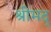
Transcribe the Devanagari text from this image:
श्रीमद्‍